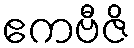
ဧကဗီဇိ